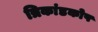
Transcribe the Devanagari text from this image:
त्रिकांडकोष